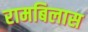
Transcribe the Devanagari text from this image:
रामबिलास